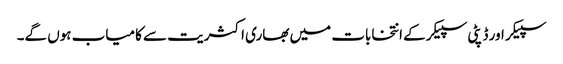
سپیکر اور ڈپٹی سپیکر کے انتخابات میں بھاری اکثریت سے کامیاب ہوں گے۔